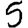
Digit: 5